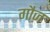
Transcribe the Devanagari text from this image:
गौज